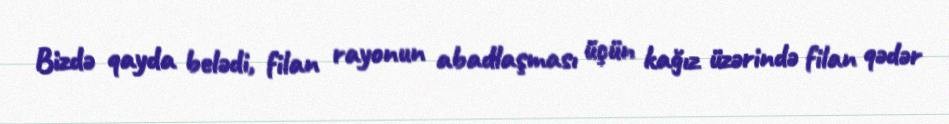
Bizdə qayda belədi, filan rayonun abadlaşması üçün kağız üzərində filan qədər